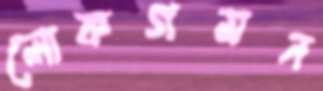
লোকগমন